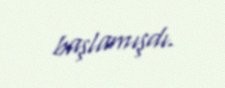
başlamışdı.